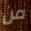
من